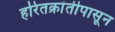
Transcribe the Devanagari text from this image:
हरितक्रांतीपासून